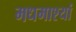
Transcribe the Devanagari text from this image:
मधमाश्यां